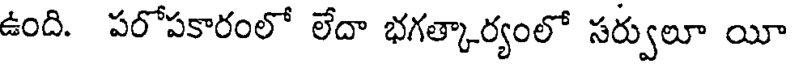
ఉంది. పరోపకారంలో లేదా భగత్కార్యంలో సర్వులూ యీ